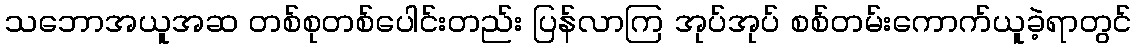
သဘောအယူအဆ တစ်စုတစ်ပေါင်းတည်း ပြန်လာကြ အုပ်အုပ် စစ်တမ်းကောက်ယူခဲ့ရာတွင်